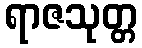
ရာဇသုတ္တ